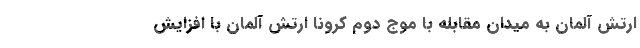
ارتش آلمان به میدان مقابله با موج دوم کرونا ارتش آلمان با افزایش